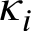
\kappa _ { i }